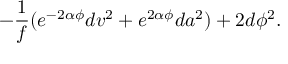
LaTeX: - \frac { 1 } { f } ( e ^ { - 2 \alpha \phi } d v ^ { 2 } + e ^ { 2 \alpha \phi } d a ^ { 2 } ) + 2 d \phi ^ { 2 } .